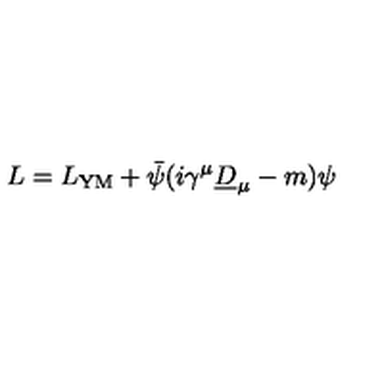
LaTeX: L = L _ { \mathrm { Y M } } + \bar { \psi } ( i \gamma ^ { \mu } \underline { { D } } _ { \mu } - m ) \psi